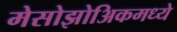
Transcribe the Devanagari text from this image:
मेसोझोअिकमध्ये